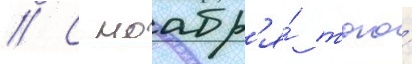
// С ноабр'я́ того́